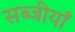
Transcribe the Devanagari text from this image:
सब्जीयाँ